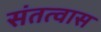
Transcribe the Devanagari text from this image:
संतत्वास